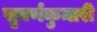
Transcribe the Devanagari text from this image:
सुवर्णकुमारी